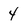
Character: 4